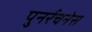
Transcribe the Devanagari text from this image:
पुनर्रचनेस